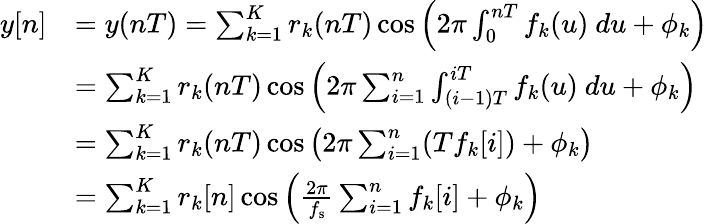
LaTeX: {\begin{array}{rl}{y[n]}&{=y(nT)=\sum_{k=1}^{K}r_{k}(nT)\cos\left(2\pi\int_{0}^{nT}f_{k}(u)\ du+\phi_{k}\right)}\\ &{=\sum_{k=1}^{K}r_{k}(nT)\cos\left(2\pi\sum_{i=1}^{n}\int_{(i-1)T}^{iT}f_{k}(u)\ du+\phi_{k}\right)}\\ &{=\sum_{k=1}^{K}r_{k}(nT)\cos\left(2\pi\sum_{i=1}^{n}(Tf_{k}[i])+\phi_{k}\right)}\\ &{=\sum_{k=1}^{K}r_{k}[n]\cos\left({\frac{2\pi}{f_{\mathrm{s}}}}\sum_{i=1}^{n}f_{k}[i]+\phi_{k}\right)}\end{array}}